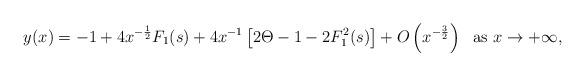
LaTeX: \begin{align*} y(x)=-1+4x^{-\frac{1}{2}}F_1(s)+4x^{-1}\left [2\Theta-1-2F_1^2(s)\right ]+O\left (x^{-\frac{3}{2}}\right )~~\mbox{as}~x \rightarrow+\infty, \end{align*}